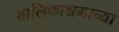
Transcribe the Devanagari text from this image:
बालिकाश्रमाच्या